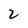
Character: 2